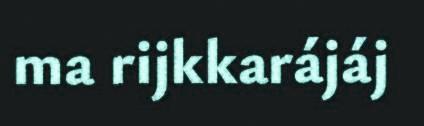
ma rijkkarájáj